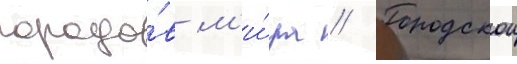
городо́в м'и́ра // Городскои